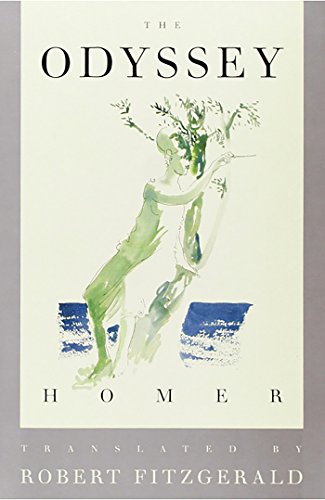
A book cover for The Odyssey; Homer; Literature & Fiction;